Annual administration report of the Civil Veterinary Department of India - 1896-1897
Year: 1896
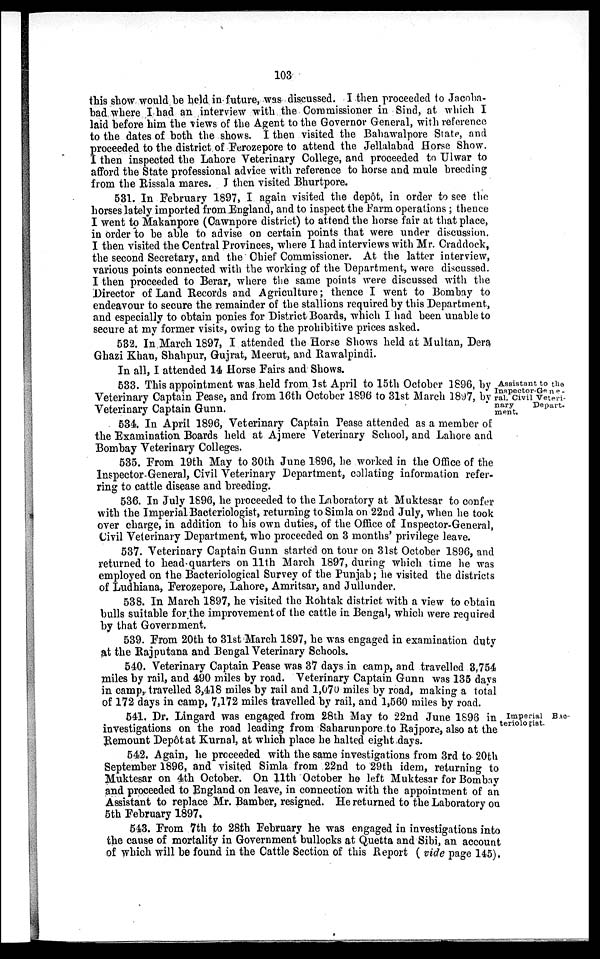
103
this show would be held in future, was discussed. I then proceeded to Jacoba-
bad where I had an interview with the Commissioner in Sind, at which I
laid before him the views of the Agent to the Governor General, with reference
to the dates of both the shows. I then visited the Bahawalpore State, and
proceeded to the district of Ferozepore to attend the Jellalabad Horse Show.
I then inspected the Lahore Veterinary College, and proceeded to Ulwar to
afford the State professional advice with reference to horse and mule breeding
from the Rissala mares. J then visited Bhurtpore.
531. In February 1897, I again visited the depôt, in order to see the
horses lately imported from England, and to inspect the Farm operations; thence
I went to Makanpore (Cawnpore district) to attend the horse fair at that place,
in order to be able to advise on certain points that were under discussion.
I then visited the Central Provinces, where I had interviews with Mr. Craddock,
the second Secretary, and the Chief Commissioner. At the latter interview,
various points connected with the working of the Department, were discussed.
I then proceeded to Berar, where the same points were discussed with the
Director of Land Records and Agriculture; thence I went to Bombay to
endeavour to secure the remainder of the stallions required by this Department,
and especially to obtain ponies for District Boards, which I had been unable to
secure at my former visits, owing to the prohibitive prices asked.
532. In March 1897, I attended the Horse Shows held at Multan, Dera
Ghazi Khan, Shahpur, Gujrat, Meerut, and Rawalpindi.
In all, I attended 14 Horse Fairs and Shows.
Assistant to the
Inspector-Gene-
ral, Civil Veteri-
nary
Depart-
ment.
533. This appointment was held from 1st April to 15th October 1896, by
Veterinary Captain Pease, and from 16th October 1896 to 31st March 1897, by
Veterinary Captain Gunn.
534. In April 1896, Veterinary Captain Pease attended as a member of
the Examination Boards held at Ajmere Veterinary School, and Lahore and
Bombay Veterinary Colleges.
535. From 19th May to 30th June 1896, he worked in the Office of the
Inspector-General, Civil Veterinary Department, collating information refer-
ring to cattle disease and breeding.
536. In July 1896, he proceeded to the Laboratory at Muktesar to confer
with the Imperial Bacteriologist, returning to Simla on 22nd July, when he took
over charge, in addition to his own duties, of the Office of Inspector-General,
Civil Veterinary Department, who proceeded on 3 months' privilege leave.
537. Veterinary Captain Gunn started on tour on 31st October 1896, and
returned to head quarters on 11th March 1897, during which time he was
employed on the Bacteriological Survey of the Punjab; he visited the districts
of Ludhiana, Ferozepore, Lahore, Amritsar, and Jullunder.
538. In March 1897, he visited the Rohtak district with a view to obtain
bulls suitable for the improvement of the cattle in Bengal, which were required
by that Government.
539. From 20th to 31st March 1897, he was engaged in examination duty
at the Rajputana and Bengal Veterinary Schools.
540. Veterinary Captain Pease was 37 days in camp, and travelled 3,754
miles by rail, and 490 miles by road. Veterinary Captain Gunn was 135 days
in camp, travelled 3,418 miles by rail and 1,070 miles by road, making a total
of 172 days in camp, 7,172 miles travelled by rail, and 1,560 miles by road.
Imperial Bac
teriologist.
541. Dr. Lingard was engaged from 28th May to 22nd June 1896 in
investigations on the road leading from Saharunpore to Rajpore, also at the
Remount Depôt at Kurnal, at which place he halted eight days.
542. Again, he proceeded with the same investigations from 3rd to 20th
September 1896, and visited Simla from 22nd to 29th idem, returning to
Muktesar on 4th October. On 11th October he left Muktesar for Bombay
and proceeded to England on leave, in connection with the appointment of an
Assistant to replace Mr. Bamber, resigned. He returned to the Laboratory on
5th February 1897.
543. From 7th to 28th February he was engaged in investigations into
the cause of mortality in Government bullocks at Quetta and Sibi, an account
of which will be found in the Cattle Section of this Report (vide page 145).